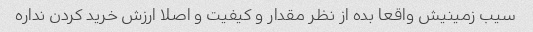
سیب زمینیش واقعا بده از نظر مقدار و کیفیت و اصلا ارزش خرید کردن نداره